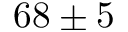
6 8 \pm 5